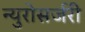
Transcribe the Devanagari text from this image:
न्युरोसर्जरी